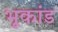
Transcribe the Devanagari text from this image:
भूकांड